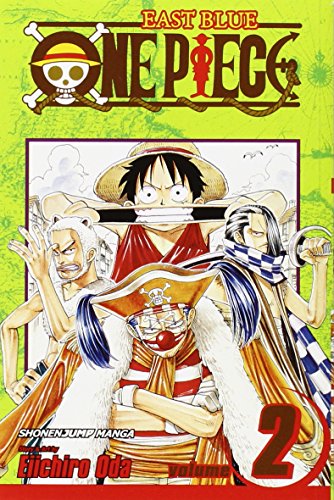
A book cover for One Piece, Vol. 2: Buggy the Clown; Eiichiro Oda; Comics & Graphic Novels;